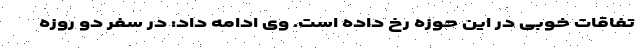
تفاقات خوبی در این حوزه رخ داده است. وی ادامه داد: در سفر دو روزه